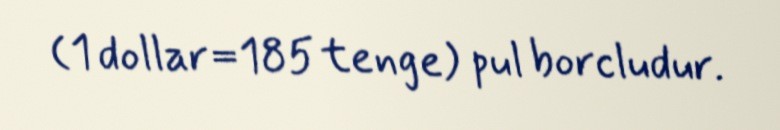
(1 dollar=185 tenge) pul borcludur.